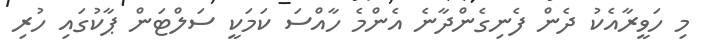
މި ހަވީރާއެކު ދެން ފެނިގެންދާނެ އެންމެ ހާއްސަ ކަމަކީ ސަލްޓަން ޕާކުގައި ހުރި